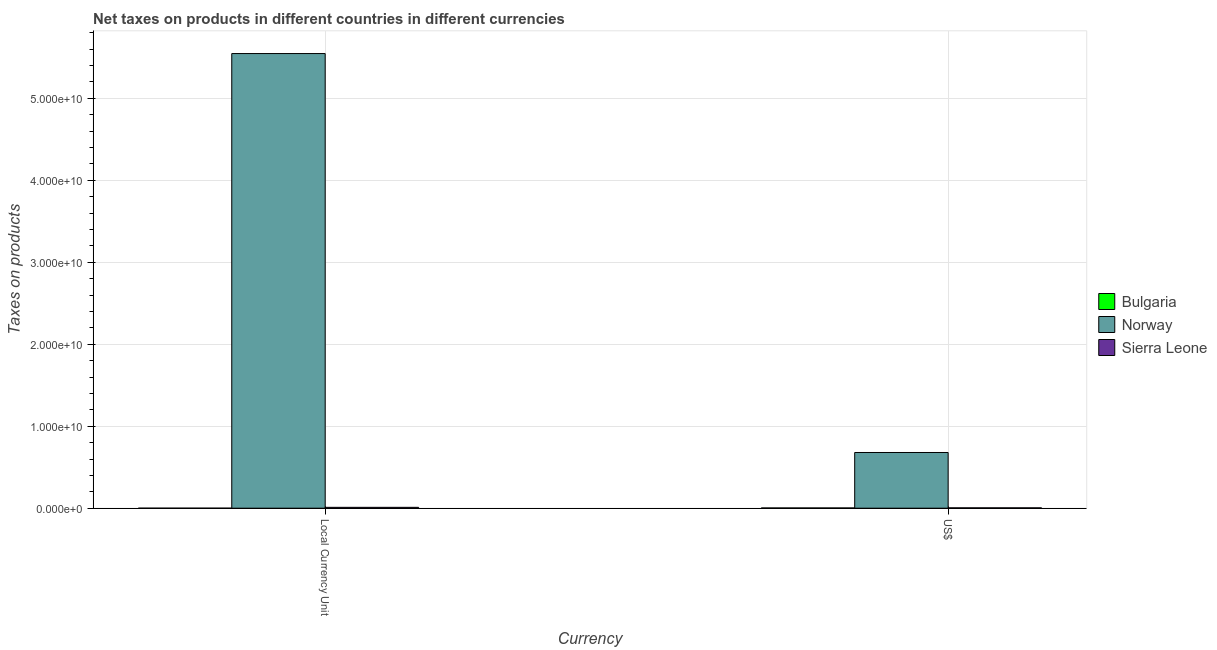
| Currency | Bulgaria | Norway | Sierra Leone |
 | --- | --- | --- | --- |
 | Local Currency Unit | 5.06e+04 | 5.55e+10 | 1.05e+08 |
 | US$ | 2.78e+07 | 6.79e+09 | 4.18e+07 |